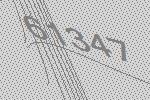
61347